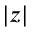
| z |